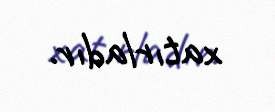
xatırladır.